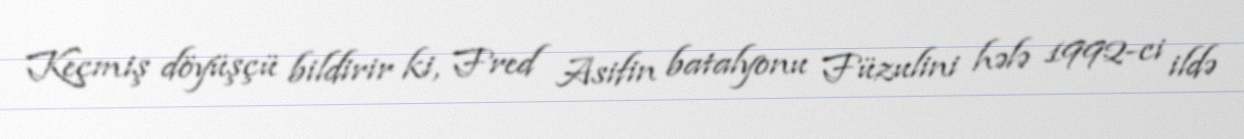
Keçmiş döyüşçü bildirir ki, Fred Asifin batalyonu Füzulini hələ 1992-ci ildə